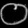
Digit: ၀